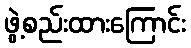
ဖွဲ့စည်းထားကြောင်း